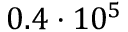
0 . 4 \cdot 1 0 ^ { 5 }